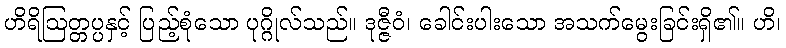
ဟိရိဩတ္တပ္ပနှင့် ပြည့်စုံသော ပုဂ္ဂိုလ်သည်။ ဒုဇ္ဇီဝံ၊ ခေါင်းပါးသော အသက်မွေးခြင်းရှိ၏။ ဟိ၊